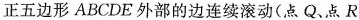
正五边形ABCDE外部的边连续滚动(点Q、点R